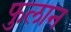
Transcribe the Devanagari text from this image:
फुलान